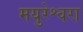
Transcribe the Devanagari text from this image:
मयुरेश्वरा